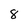
Character: 8